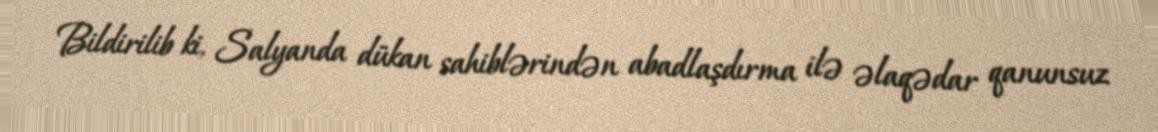
Bildirilib ki, Salyanda dükan sahiblərindən abadlaşdırma ilə əlaqədar qanunsuz